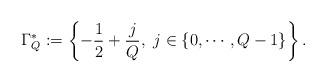
LaTeX: \begin{align*}\Gamma^*_Q:= \left\{ -\frac12 + \frac{j}{Q} , \ j \in \{ 0, \cdots, Q-1\} \right\}.\end{align*}